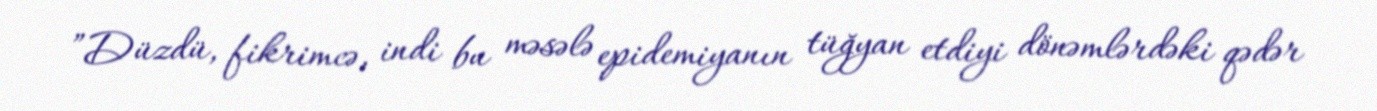
”Düzdü, fikrimcə, indi bu məsələ epidemiyanın tüğyan etdiyi dönəmlərdəki qədər